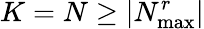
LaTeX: K=N\geq|N_{\operatorname*{max}}^{r}|